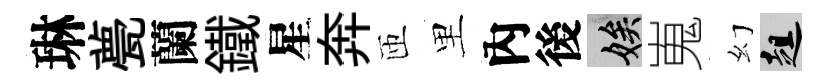
琳甍蘭鐵星奔匝里內後娭嵬幻趄